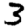
Digit: 3